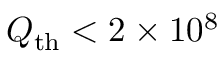
Q _ { \mathrm { t h } } < 2 \times 1 0 ^ { 8 }